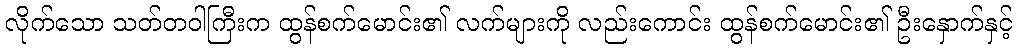
လိုက်သော သတ်တဝါကြီးက ထွန်စက်မောင်း၏ လက်များကို လည်းကောင်း ထွန်စက်မောင်း၏ ဦးနှောက်နှင့်